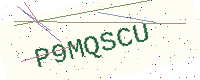
Text: P9MQSCU